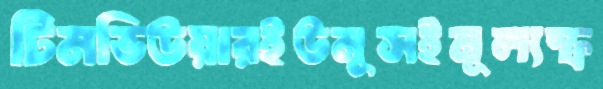
টিমভিউয়ারইউনূসইমূল্যস্ফ